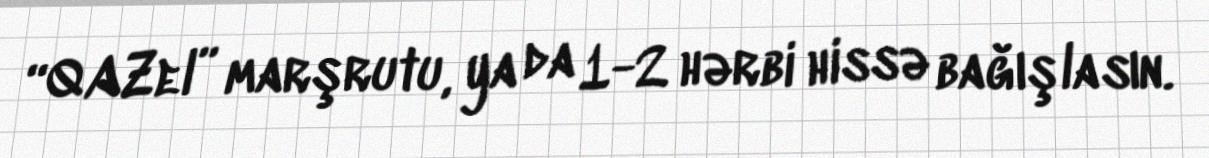
“QAZel” marşrutu, ya da 1-2 hərbi hissə bağışlasın.